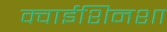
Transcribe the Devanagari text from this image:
क्वाईशिनशा